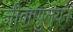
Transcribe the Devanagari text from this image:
जीवाणुलयन